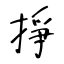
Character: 掙